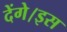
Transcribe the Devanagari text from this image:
देंगे।इस